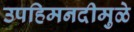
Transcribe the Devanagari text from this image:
उपहिमनदीमुळे